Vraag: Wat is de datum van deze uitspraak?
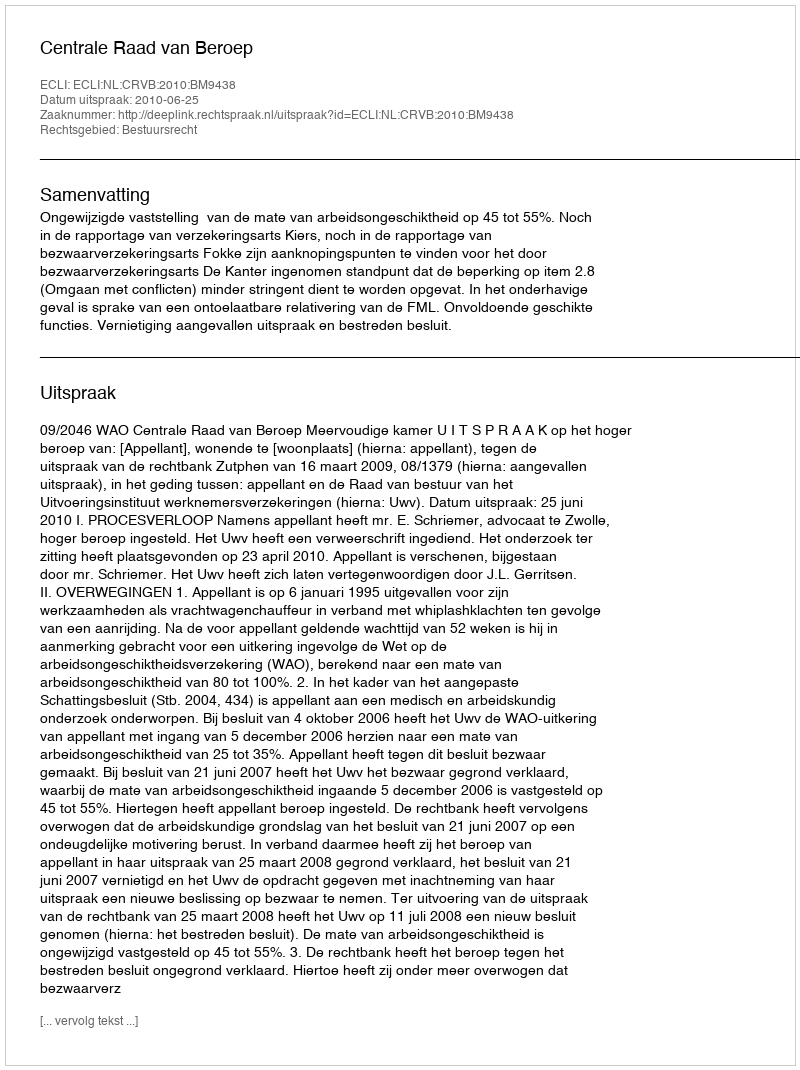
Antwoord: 2010-06-25